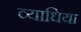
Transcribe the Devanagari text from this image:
व्याधिया